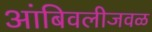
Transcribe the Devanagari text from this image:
आंबिवलीजवळ